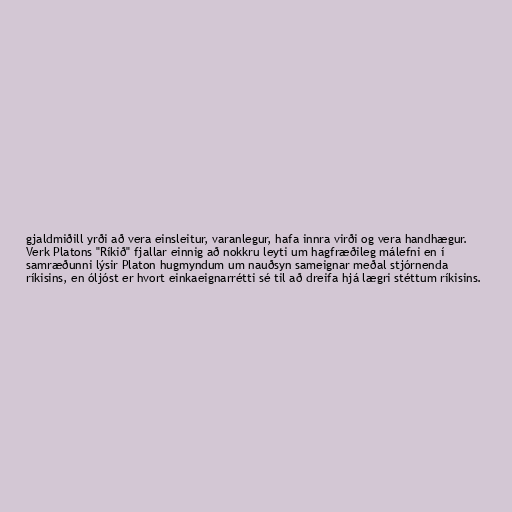
gjaldmiðill yrði að vera einsleitur, varanlegur, hafa innra virði og vera handhægur.
Verk Platons "Ríkið" fjallar einnig að nokkru leyti um hagfræðileg málefni en í
samræðunni lýsir Platon hugmyndum um nauðsyn sameignar meðal stjórnenda
ríkisins, en óljóst er hvort einkaeignarrétti sé til að dreifa hjá lægri stéttum ríkisins.